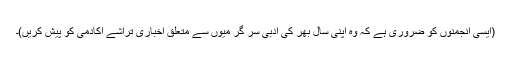
(ایسی انجمنوں کو ضروری ہے کہ وہ اپنی سال بھر کی ادبی سر گر میوں سے متعلق اخباری تراشے اکادمی کو پیش کریں)۔